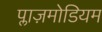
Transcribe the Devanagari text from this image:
प्लाज़मोडियम